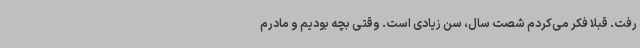
رفت. قبلاً فکر می‌کردم شصت سال، سن زیادی است. وقتی بچه بودیم و مادرم